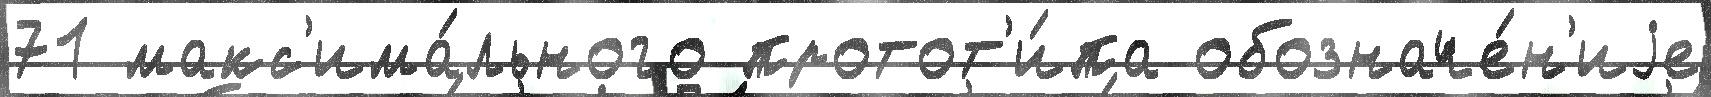
71 макс'има́льного протот'и́па обозначе́н'иjе